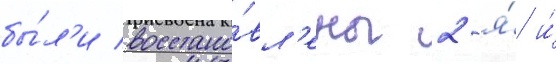
бы́л'и восстано́вл'ены 2-я́ и́